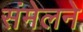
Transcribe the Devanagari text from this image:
संमेलनेे